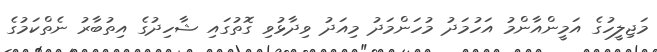
މަޖިލީހުގެ އަމީންއާންމު އަހުމަދު މުހަންމަދު މިއަދު ވިދާޅުވި ގޮތުގައި ޝާހިދުގެ އިތުބާރު ނެތްކަމުގެ